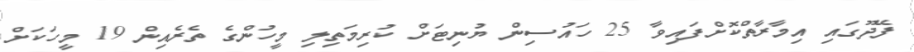
ފޭދޫގައި އިމާރާތްކޮށްފައިވާ 25 ހައުސިން ޔުނިޓަށް ކުރިމަތިލި މީހުންގެ ތެރެއިން 19 މީހަކަށް